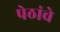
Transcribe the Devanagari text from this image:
पेठांचे